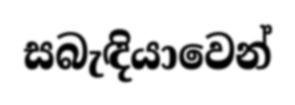
සබැඳියාවෙන්